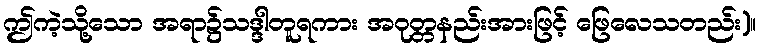
ဤကဲ့သို့သော အရာ၌သဒ္ဒါတူရကား အဝုတ္တနည်းအားဖြင့် ဖြေလေသတည်း)။